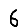
Digit: 6